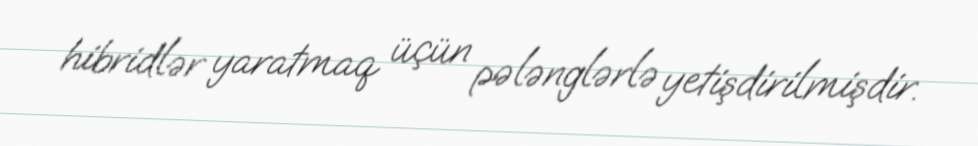
hibridlər yaratmaq üçün pələnglərlə yetişdirilmişdir.